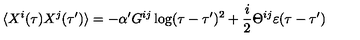
\langle X ^ { i } ( \tau ) X ^ { j } ( \tau ^ { \prime } ) \rangle = - \alpha ^ { \prime } G ^ { i j } \log ( \tau - \tau ^ { \prime } ) ^ { 2 } + { \frac { i } { 2 } } \Theta ^ { i j } \varepsilon ( \tau - \tau ^ { \prime } )